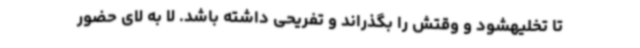
تا تخلیهشود و وقتش را بگذراند و تفریحی داشته باشد. لا به لای حضور